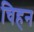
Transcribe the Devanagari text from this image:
चिहन